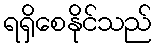
ရရှိစေနိုင်သည်